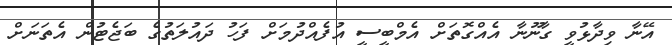
އޭނާ ވިދާޅުވީ ގާނޫނާ އެއްގޮތަށް އެމްބީސީ އުފެއްދުމަށް ފަހު ދައުލަތުގެ ބަޖެޓުން އެތަނަށް